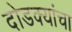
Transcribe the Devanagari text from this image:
दोडक्यांचा